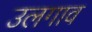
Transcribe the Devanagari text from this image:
उलगाव